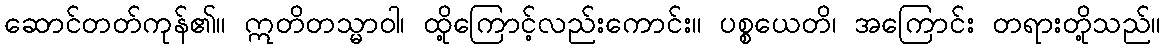
ဆောင်တတ်ကုန်၏။ ဣတိတသ္မာဝါ၊ ထို့ကြောင့်လည်းကောင်း။ ပစ္စယေတိ၊ အကြောင်း တရားတို့သည်။